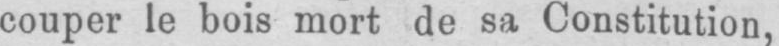
couper le bois mort de sa Constitution,